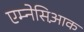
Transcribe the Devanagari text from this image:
एम्नेसिआ़क